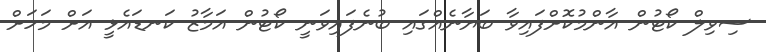
ސިވިލް ކޯޓުން އާންމުކޮށްފައިވާ ބަޔާނެއްގައި ބުނެފައިވަނީ ކޯޓުން އަމާޒު ކަނޑައެޅީ އަށް މަަހަށް